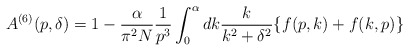
\begin{align*}A^{(6)}(p,\delta)=1-\frac{\alpha}{\pi^2N}\frac{1}{p^3}\int_0^\alpha dk \frac{k}{k^2+\delta^2}\{ f(p,k)+f(k,p) \}\end{align*}